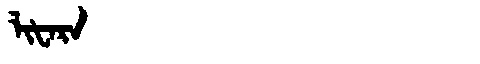
Manchu: ᠯᡳᡶᠠᡵᠠ
Romanization: LIFARA